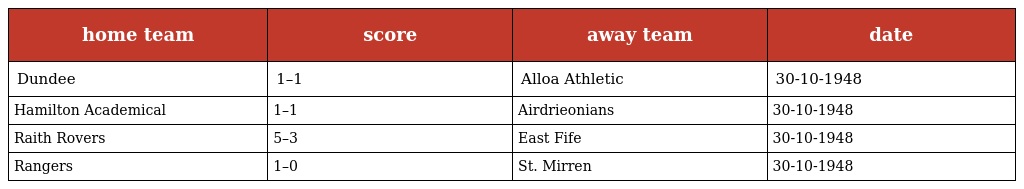
| home team | score | away team | date |
 | --- | --- | --- | --- |
 | Dundee | 1–1 | Alloa Athletic | 30-10-1948 |
 | Hamilton Academical | 1–1 | Airdrieonians | 30-10-1948 |
 | Raith Rovers | 5–3 | East Fife | 30-10-1948 |
 | Rangers | 1–0 | St. Mirren | 30-10-1948 |